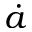
\dot { a }